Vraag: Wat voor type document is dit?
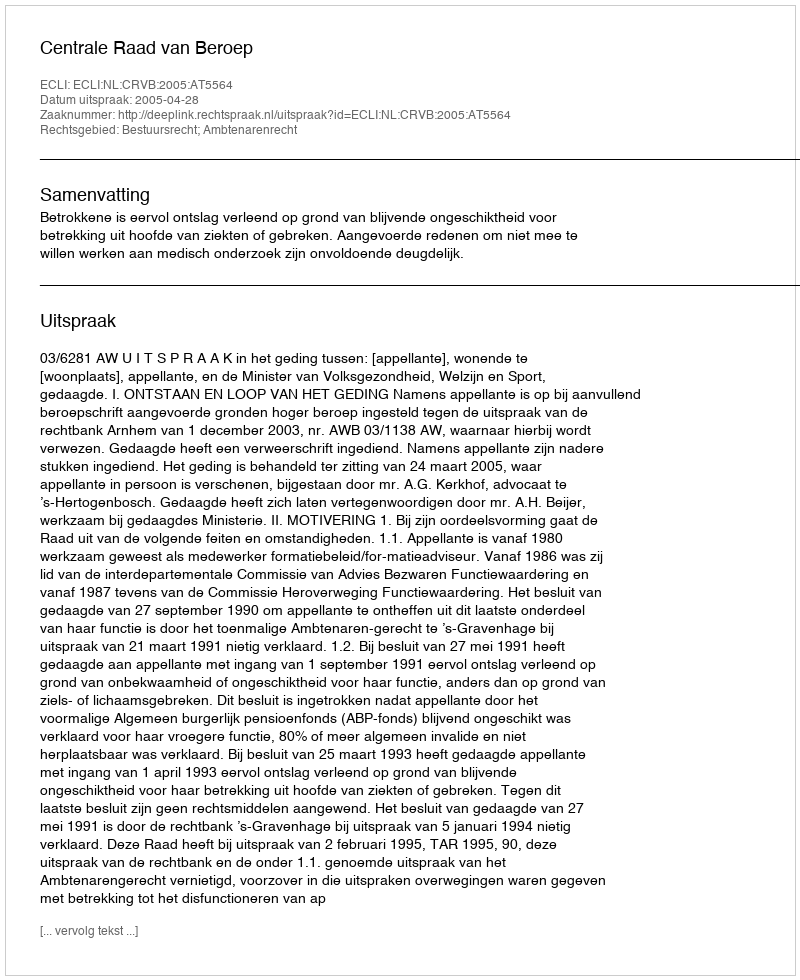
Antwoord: Uitspraak